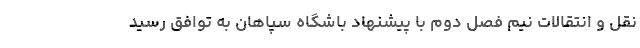
نقل و انتقالات نیم فصل دوم با پیشنهاد باشگاه سپاهان به توافق رسید